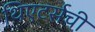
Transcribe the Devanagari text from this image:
थिएटर्सची